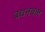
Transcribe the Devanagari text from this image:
बधनबल